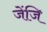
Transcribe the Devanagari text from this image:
जेंजि